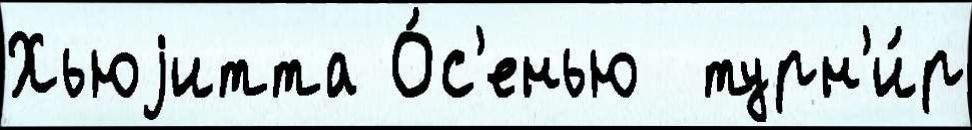
Хьюjитта О́с'енью  турн'и́р